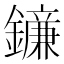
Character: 䥥